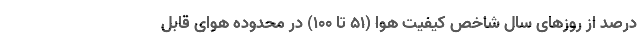
درصد از روزهای سال شاخص کیفیت هوا (۵۱ تا ۱۰۰) در محدوده هوای قابل